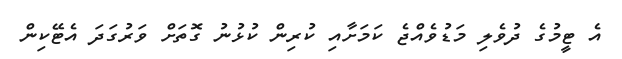
އެ ޓީމުގެ ދުވެލި މަޑުވެއްޖެ ކަމަށާއި ކުރިން ކުޅުނު ގޮތަށް ވަރުގަދަ އެޓޭކިން